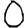
Digit: 0